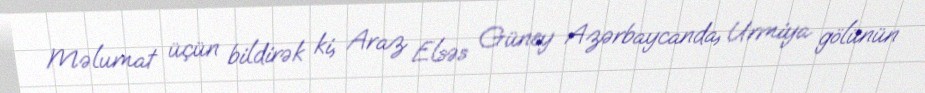
Məlumat üçün bildirək ki, Araz Elsəs Güney Azərbaycanda, Urmiya gölünün